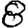
Digit: 8